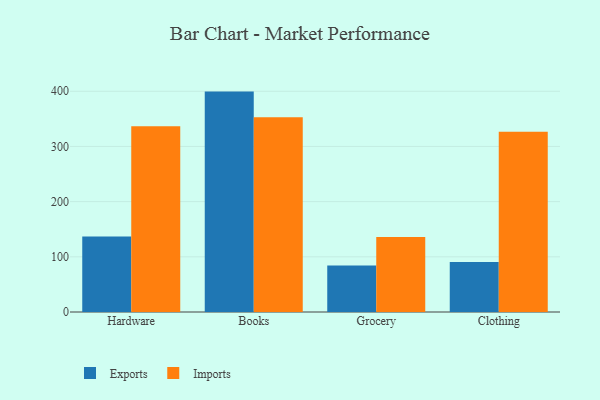
{"axis": {"x": "Category", "y": "LTV (USD)"}, "legend": ["Exports", "Imports"], "data": [{"x": "Hardware", "y": 137.0, "type": "Exports"}, {"x": "Hardware", "y": 336.4, "type": "Imports"}, {"x": "Books", "y": 399.4, "type": "Exports"}, {"x": "Books", "y": 352.7, "type": "Imports"}, {"x": "Grocery", "y": 84.2, "type": "Exports"}, {"x": "Grocery", "y": 135.9, "type": "Imports"}, {"x": "Clothing", "y": 90.8, "type": "Exports"}, {"x": "Clothing", "y": 326.8, "type": "Imports"}]}